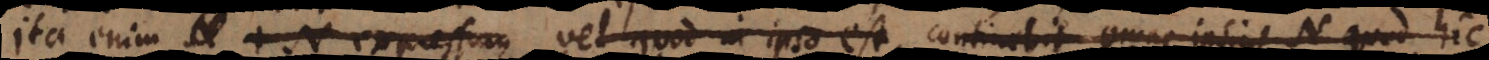
Ita enim + N expressum vel quod in ipso est, continebit omne ipsius N quod hic